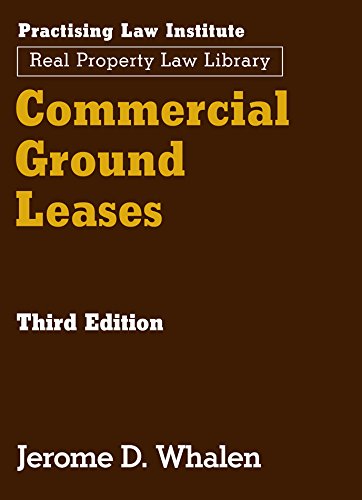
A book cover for Commercial Ground Leases; Jerome D. Whalen; Law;